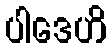
ပါဒေဟိ